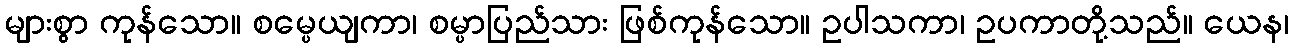
များစွာ ကုန်သော။ စမ္ပေယျကာ၊ စမ္ပာပြည်သား ဖြစ်ကုန်သော။ ဥပါသကာ၊ ဥပကာတို့သည်။ ယေန၊